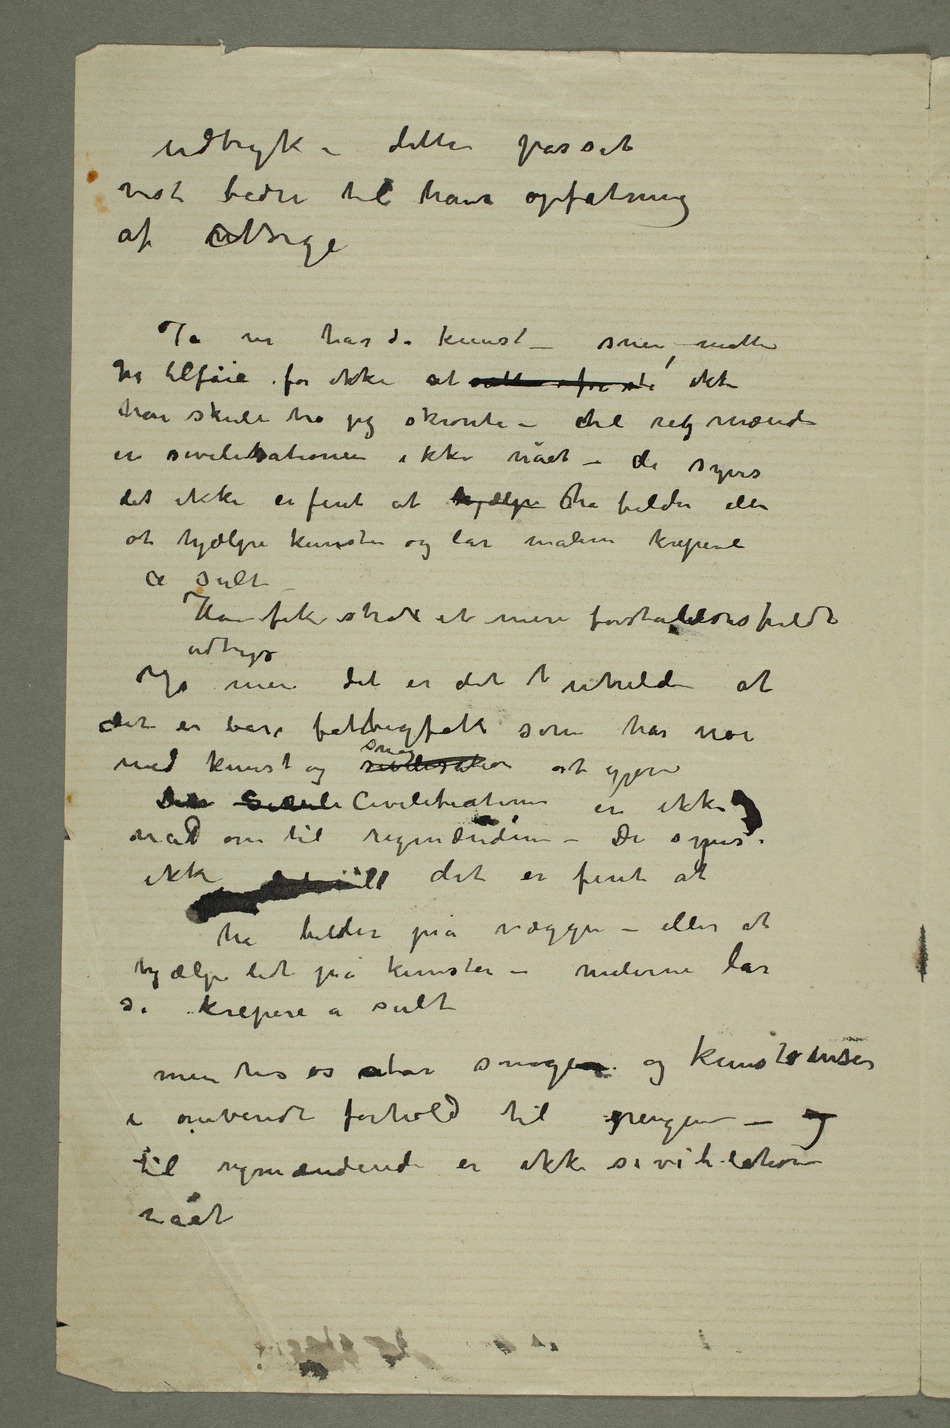
udtryk – dette passet
af nNorge
Ja vi har da kunst – senere måtte
jeg tilføie for ikke at vække altfor ste ikke
han skulde tro jeg skrønte – ctil rigmænd
er sivilitsationen ikke nået – de synes
det ikke er fint at hjælpe ha bilder eller
at hjælpe kunsten og lar malerne krepere
a sult –
Han fik strax et mere forstålelsesfuldt
udtryk
Ja men det er det  uheld at
det er bare fattigfolk som har noe
med kunst og civilisation smag at gjøre
Den Sivili Civilisationen er ikke
nåd om til rigmændene – De synes
ha bilder på væggen – eller at
hjælpe litt på kunsten – malerne lar
de krepere a sult
i omvendt forhold til pengene – og
til rigmænderne er ikke sivilitationen